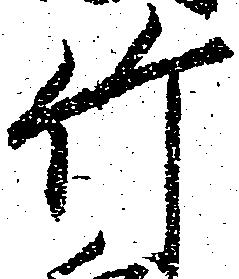
竹